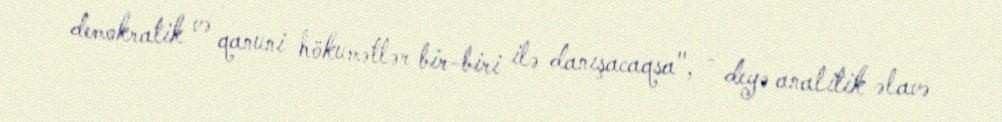
demokratik və qanuni hökumətlər bir-biri ilə danışacaqsa", - deyə analitik əlavə